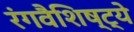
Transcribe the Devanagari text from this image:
रंगवैशिष्ट्ये